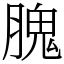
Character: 𦞙